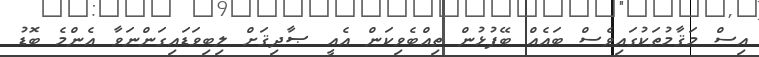
އިސް މަޤާމުތަކުގައިވެސް ބައެއް ބޭފުޅުން ތިއްބެވިކަން އެއީ ޞާދިޤަށް ލިބިވަޑައިގަންނަވާ އެންމެ ބޮޑު